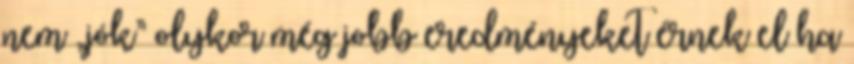
nem „jók” olykor még jobb eredményeket érnek el ha